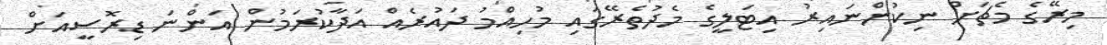
މިރޭގެ މެޗަށް ނިކުންނައިރު އިޓަލީގެ މެދުތެރޭގައި މުހިއްމު ދައުރެއް އަދާކުރަމުން އަންނަ ޑިރޮސީއަށް